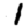
Digit: 1